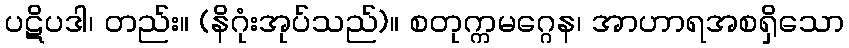
ပဋိပဒါ၊ တည်း။ (နိဂုံးအုပ်သည်)။ စတုက္ကမဂ္ဂေန၊ အာဟာရအစရှိသော